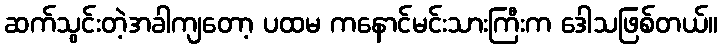
ဆက်သွင်းတဲ့အခါကျတော့ ပထမ ကနောင်မင်းသားကြီးက ဒေါသဖြစ်တယ်။